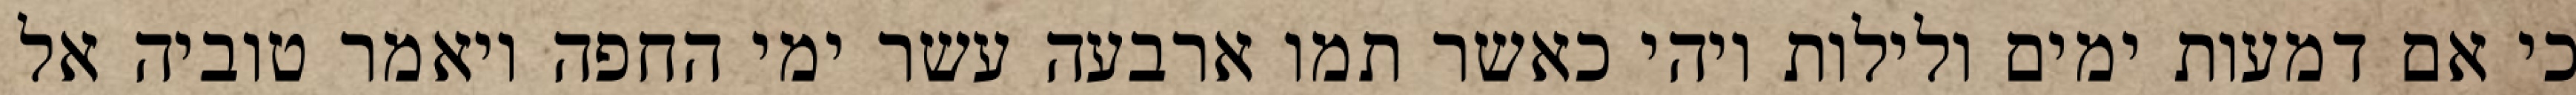
כי אם דמעות ימים ולילות ויהי כאשר תמו ארבעה עשר ימי החפה ויאמר טוביה אל